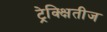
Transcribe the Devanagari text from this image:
ट्रेक्क्षितीज